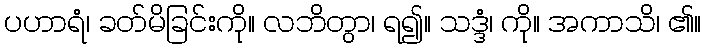
ပဟာရံ၊ ခတ်မိခြင်းကို။ လဘိတွာ၊ ရ၍။ သဒ္ဒံ၊ ကို။ အကာသိ၊ ၏။